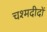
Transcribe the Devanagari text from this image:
चश्मदीदों